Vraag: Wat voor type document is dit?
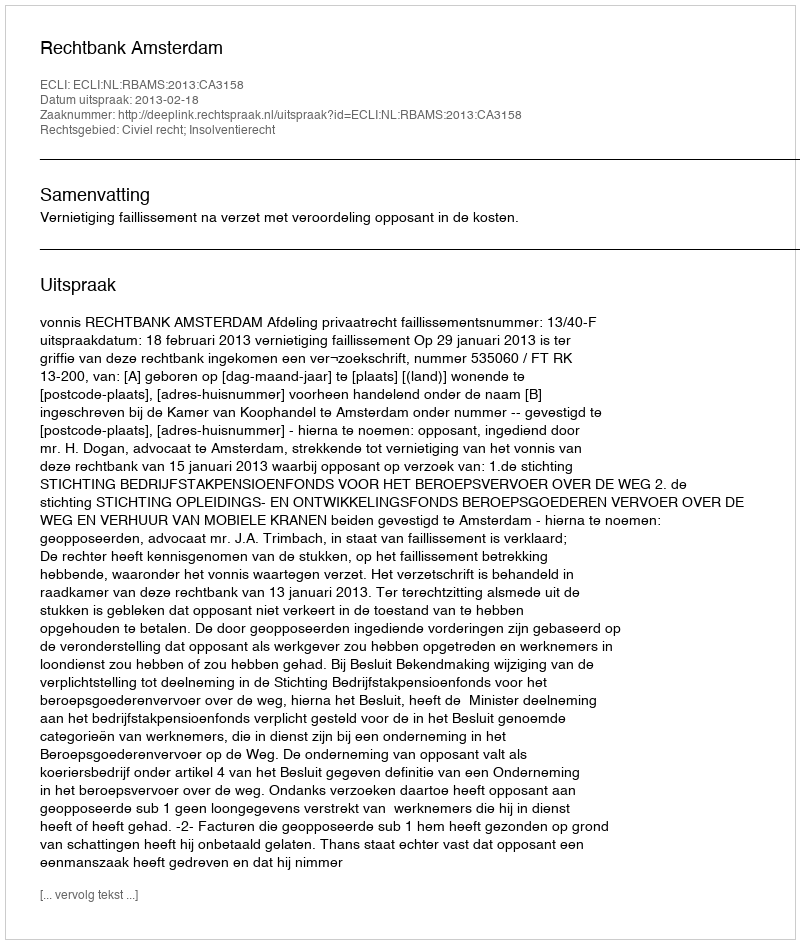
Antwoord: Uitspraak